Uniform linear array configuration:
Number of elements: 32
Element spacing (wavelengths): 0.75
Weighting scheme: kaiser
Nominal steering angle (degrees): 30
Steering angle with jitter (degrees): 29.336
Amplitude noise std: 0.05
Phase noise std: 0.05

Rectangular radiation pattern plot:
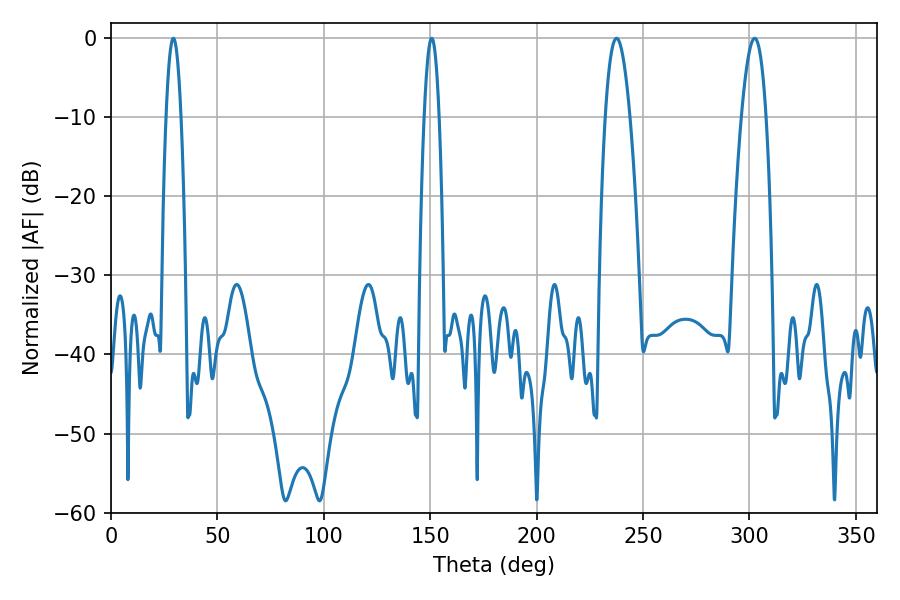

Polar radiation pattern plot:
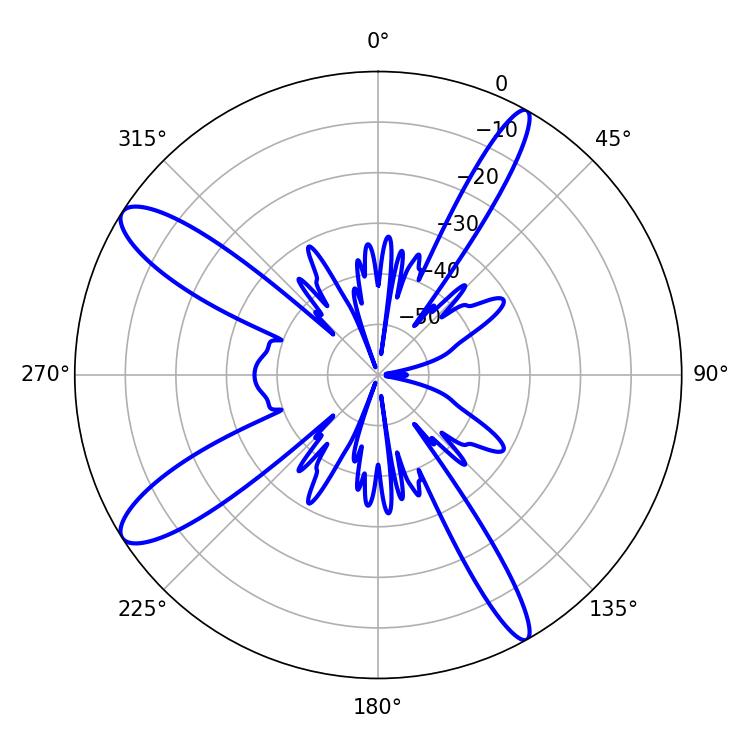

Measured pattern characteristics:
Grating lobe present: TRUE
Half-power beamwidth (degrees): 6.3
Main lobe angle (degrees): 302.4